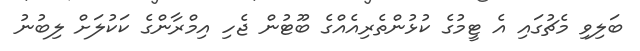
ބަލިވި މެޗުގައި އެ ޓީމުގެ ކުޅުންތެރިއެއްގެ ބޫޓުން ޖެހި އިމްރާންގެ ކަކުލަށް ލިބުނު